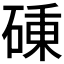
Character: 𥔝